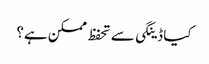
کیا ڈینگی سے تحفظ ممکن ہے؟